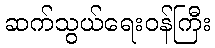
ဆက်သွယ်ရေးဝန်ကြီး